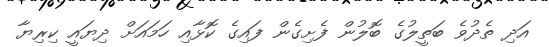
އަދި ތެދުވެ ބަތީލުގެ ބޮލުން ފެށިގެން ފައިގެ ކޮޅާއި ހަމައަށް ދިޔައީ ކިރިޔާ